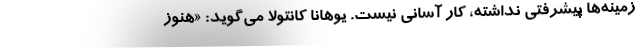
زمینه‌ها پیشرفتی نداشته، کار آسانی نیست. یوهانا کانتولا می‌گوید: «هنوز